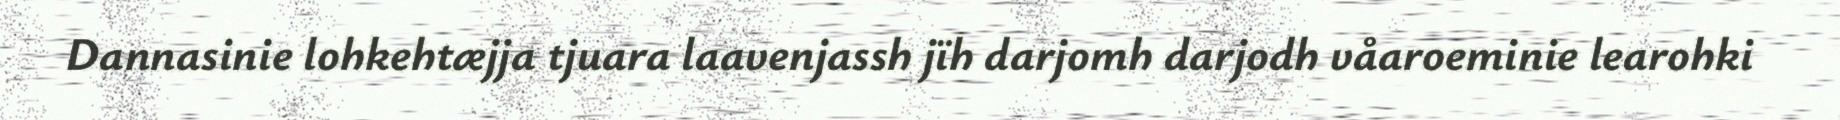
Dannasinie lohkehtæjja tjuara laavenjassh jïh darjomh darjodh våaroeminie learohki